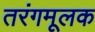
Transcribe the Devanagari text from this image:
तरंगमूलक